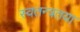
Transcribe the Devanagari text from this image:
स्वतन्त्रतया